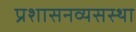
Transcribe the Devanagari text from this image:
प्रशासनव्यसस्था